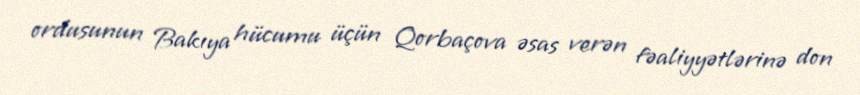
ordusunun Bakıya hücumu üçün Qorbaçova əsas verən fəaliyyətlərinə don